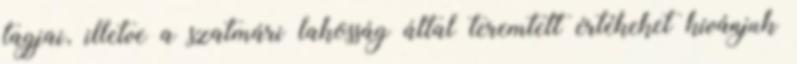
tagjai, illetve a szatmári lakosság által teremtett értékeket kívánjuk